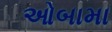
ઓબામા